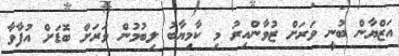
އަޒްޔާން ބުނީ ވަރަށް ޒުވާންއިރު މި ކާމިޔާބު ލިބުމުން ވަރަށް ބޮޑަށް އުފާވާ